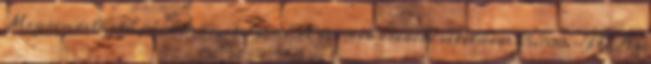
Megrendelhető pácolt kivitelben. A termék eredeti vételára: 65.700.-Ft. Az